Indian Medical Review
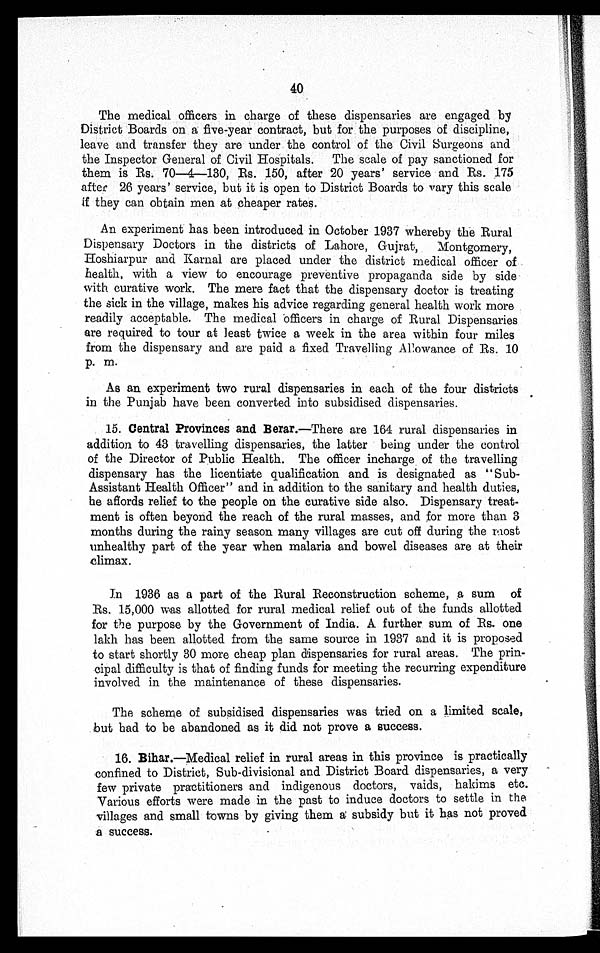
40
The medical officers in charge of these dispensaries are engaged by
District Boards on a five-year contract, but for the purposes of discipline,
leave and transfer they are under the control of the Civil Surgeons and
the Inspector General of Civil Hospitals. The scale of pay sanctioned for
them is Rs. 70-4-130, Rs. 150, after 20 years' service and Rs. 175
after 26 years' service, but it is open to District Boards to vary this scale
if they can obtain men at cheaper rates.
An experiment has been introduced in October 1937 whereby the Rural
Dispensary Doctors in the districts of Lahore, Gujrati, Montgomery,
Hoshiarpur and Karnal are placed under the district medical officer of
health, with a view to encourage preventive propaganda side by side
with curative work. The mere fact that the dispensary doctor is treating
the sick in the village, makes his advice regarding general health work more
readily acceptable. The medical officers in charge of Rural Dispensaries
are required to tour at least twice a week in the area within four miles
from the dispensary and are paid a fixed Travelling Allowance of Rs. 10
p. m
As an experiment two rural dispensaries in each of the four districts
in the Punjab have been converted into subsidised dispensaries.
15. Central Provinces and Berar. —There are 164 rural dispensaries in
addition to 43 travelling dispensaries, the latter being under the control
of the Director of Public Health. The officer incharge of the travelling
dispensary has the licentiate qualification and is designated as "Sub-
Assistant Health Officer" and in addition to the sanitary and health duties,
he affords relief to the people on the curative side also. Dispensary treat-
ment is often beyond the reach of the rural masses, and for more than 3
months during the rainy season many villages are cut off during the most
unhealthy part of the year when malaria and bowel diseases are at their
climax.
In 1936 as a part of the Rural Reconstruction scheme, a sum of
Rs. 15,000 was allotted for rural medical relief out of the funds allotted
for the purpose by the Government of India. A further sum of Rs. one
lakh has been allotted from the same source in 1937 and it is proposed
to start shortly 30 more cheap plan dispensaries for rural areas. The prin-
cipal difficulty is that of finding funds for meeting the recurring expenditure
involved in the maintenance of these dispensaries.
•
The scheme of subsidised dispensaries was tried on a limited scale,
but had to be abandoned as it did not prove a success.
16. Bihar.—Medical relief in rural areas in this province is practically
confined to District, Sub-divisional and District Board dispensaries, a very
few private practitioners and indigenous doctors, vaids, hakims etc.
Various efforts were made in the past to induce doctors to settle in the
villages and small towns by giving them a subsidy but it has not proved
a success.